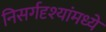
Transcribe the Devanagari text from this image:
निसर्गदृश्यांमध्ये